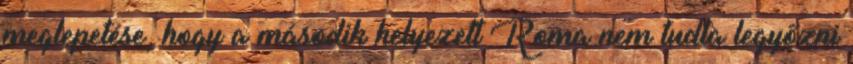
meglepetése, hogy a második helyezett Roma nem tudta legyőzni